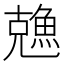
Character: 𠓈